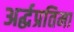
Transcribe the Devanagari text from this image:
अर्द्धप्रतिमा